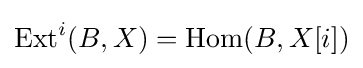
\operatorname {Ext} ^{i}(B,X)=\operatorname {Hom} (B,X[i])